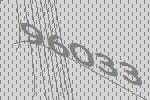
96033